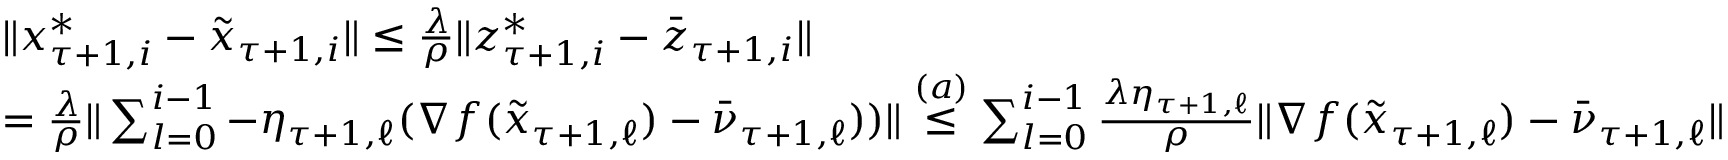
\begin{array} { r l } & { \| x _ { \tau + 1 , i } ^ { * } - \tilde { x } _ { \tau + 1 , i } \| \leq \frac { \lambda } { \rho } \| z _ { \tau + 1 , i } ^ { * } - \bar { z } _ { \tau + 1 , i } \| } \\ & { = \frac { \lambda } { \rho } \| \sum _ { l = 0 } ^ { i - 1 } - \eta _ { \tau + 1 , \ell } ( \nabla f ( \tilde { x } _ { \tau + 1 , \ell } ) - \bar { \nu } _ { \tau + 1 , \ell } ) ) \| \overset { ( a ) } { \leq } \sum _ { l = 0 } ^ { i - 1 } \frac { \lambda \eta _ { \tau + 1 , \ell } } { \rho } \| \nabla f ( \tilde { x } _ { \tau + 1 , \ell } ) - \bar { \nu } _ { \tau + 1 , \ell } \| } \end{array}